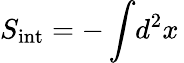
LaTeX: S_{\mathrm{int}}=-\int\! d^{2}x\,